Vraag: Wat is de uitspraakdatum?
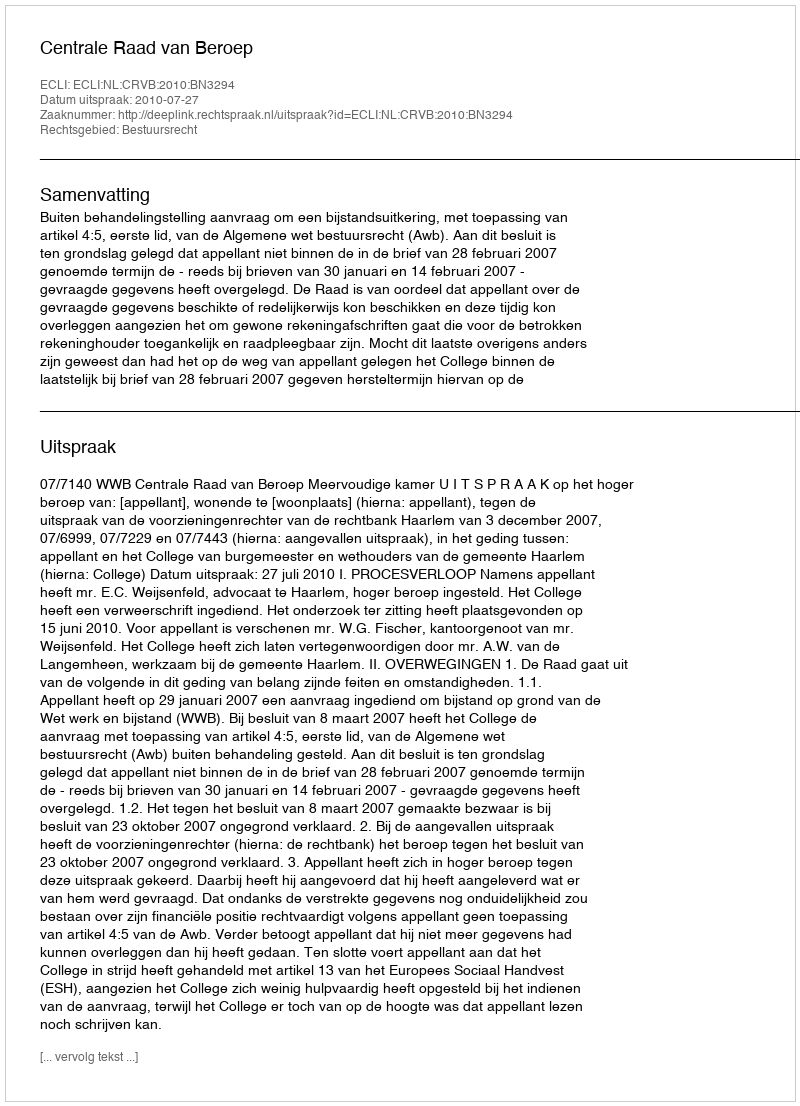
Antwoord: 2010-07-27